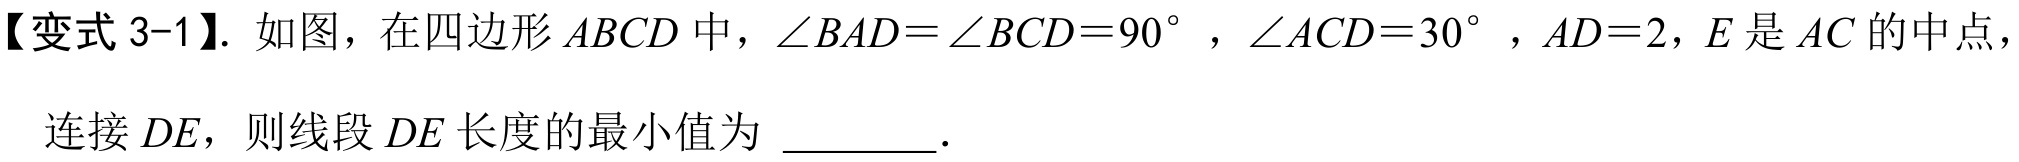
【变式 3-1】. 如图，在四边形 \(ABCD\) 中，\(\angle BAD=\angle BCD = 90^{\circ}\)，\(\angle ACD = 30^{\circ}\)，\(AD = 2\)，\(E\) 是 \(AC\) 的中点，

连接 \(DE\)，则线段 \(DE\) 长度的最小值为 \_\_\_\_\_ .